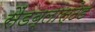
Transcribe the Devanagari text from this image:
सैंडब्लास्टेड